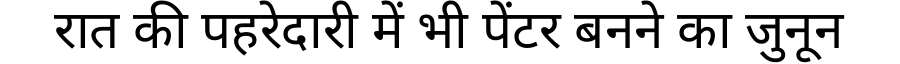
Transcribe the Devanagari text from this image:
रात की पहरेदारी में भी पेंटर बनने का जुनून